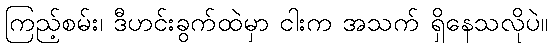
ကြည့်စမ်း၊ ဒီဟင်းခွက်ထဲမှာ ငါးက အသက် ရှိနေသလိုပဲ။